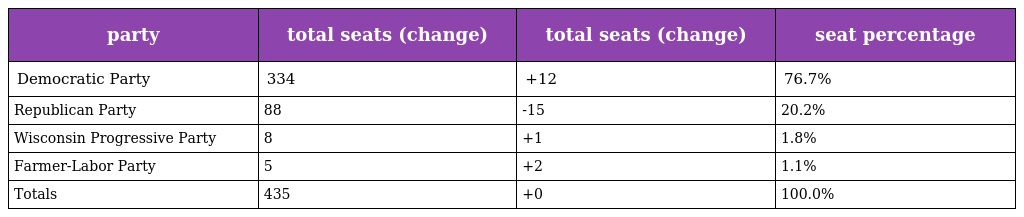
| party | total seats (change) | total seats (change) | seat percentage |
 | --- | --- | --- | --- |
 | Democratic Party | 334 | +12 | 76.7% |
 | Republican Party | 88 | -15 | 20.2% |
 | Wisconsin Progressive Party | 8 | +1 | 1.8% |
 | Farmer-Labor Party | 5 | +2 | 1.1% |
 | Totals | 435 | +0 | 100.0% |